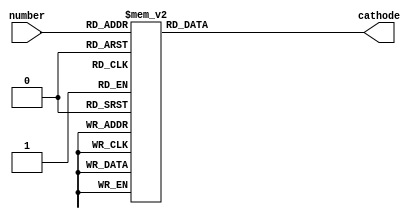
`timescale 1ns / 1ps
//////////////////////////////////////////////////////////////////////////////////
// Company: 
// Engineer: 
// 
// Design Name: 
// Module Name: decoder
// Project Name: 
// Target Devices: 
// Tool Versions: 
// Description: 
// 
// Dependencies: 
// 
// Revision:
// Revision 0.01 - File Created
// Additional Comments:
// 
//////////////////////////////////////////////////////////////////////////////////
module decoder(
        input [3:0] number,
        output reg [6:0] cathode
    );
    
    initial begin
        cathode = 7'b0000001;
    end
    
    always @(number)
    begin
        case(number)
            0:cathode<=7'b0000001;
            1:cathode<=7'b1001111;
            2:cathode<=7'b0010010;
            3:cathode<=7'b0000110;
            4:cathode<=7'b1001100;
            5:cathode<=7'b0100100;
            6:cathode<=7'b0100000;
            7:cathode<=7'b0001111;
            8:cathode<=7'b0000000;
            9: cathode<=7'b0000100;
            10:cathode<=7'b0001000;
            11:cathode<=7'b1100000;
            12:cathode<=7'b0110001;
            13:cathode<=7'b1000010;
            14:cathode<=7'b0110000;
            15:cathode<=7'b0111000;
            default: cathode<=7'b1111111;
        endcase
    end
    
endmodule